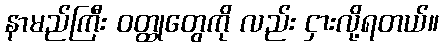
နာမည်ကြီး ဝတ္ထုတွေကို လည်း ငှားလို့ရတယ်။